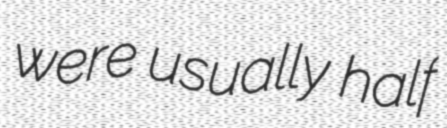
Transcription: were usually half